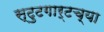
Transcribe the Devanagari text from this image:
स्टुटगार्टच्या